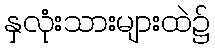
နှလုံးသားများထဲ၌